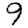
Digit: 9